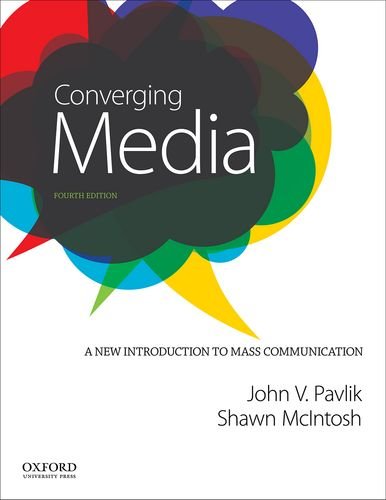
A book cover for Converging Media: A New Introduction to Mass Communication; John V. Pavlik; Reference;